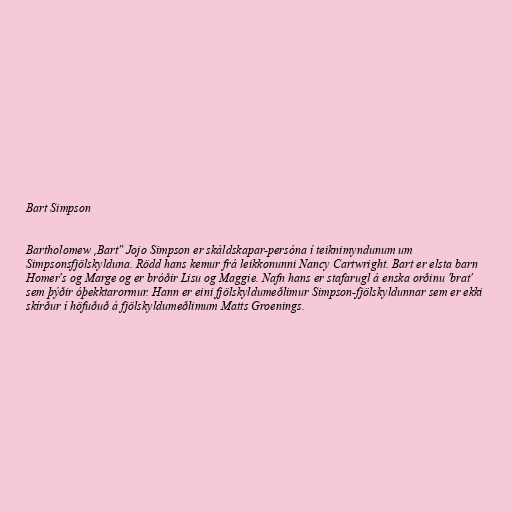
Bart Simpson

Bartholomew ,Bart" Jojo Simpson er skáldskapar-persóna í teiknimyndunum um
Simpsonsfjölskylduna. Rödd hans kemur frá leikkonunni Nancy Cartwright. Bart er elsta barn
Homer's og Marge og er bróðir Lisu og Maggie. Nafn hans er stafarugl á enska orðinu 'brat'
sem þýðir óþekktarormur. Hann er eini fjölskyldumeðlimur Simpson-fjölskyldunnar sem er ekki
skírður í höfuðuð á fjölskyldumeðlimum Matts Groenings.